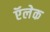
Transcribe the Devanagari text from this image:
ऍलेक